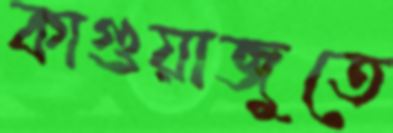
কাগুয়াজুতে